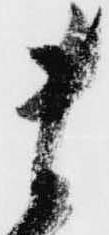
ま